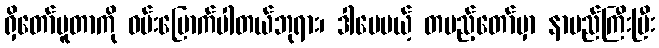
ရှိတော်မူတာကို ဝမ်းမြောက်ပါတယ်ဘုရား၊ ဒါပေမယ့် တပည့်တော်မှာ နာမည်ကြီးပြီး